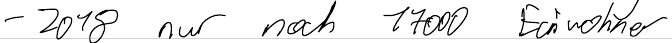
- 2018 nur noch 17000 Einwohner